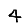
Digit: 4